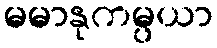
မမာနုကမ္ပယာ